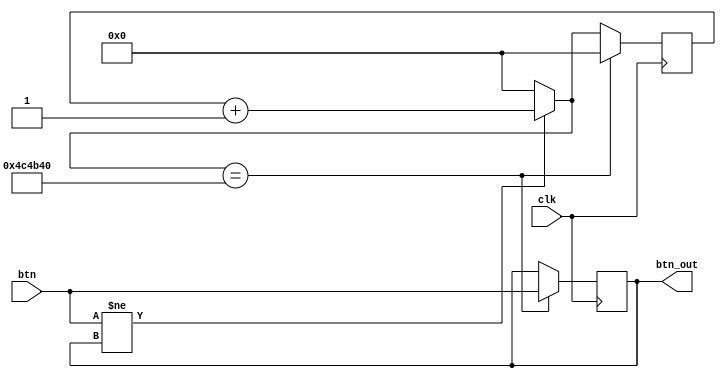
/*
  sbmips
  Copyright (C) 2017  StarBrilliant <m13253@hotmail.com>

  This program is free software: you can redistribute it and/or modify
  it under the terms of the GNU General Public License as published by
  the Free Software Foundation, either version 3 of the License, or
  (at your option) any later version.

  This program is distributed in the hope that it will be useful,
  but WITHOUT ANY WARRANTY; without even the implied warranty of
  MERCHANTABILITY or FITNESS FOR A PARTICULAR PURPOSE.  See the
  GNU General Public License for more details.

  You should have received a copy of the GNU General Public License
  along with this program.  If not, see <http://www.gnu.org/licenses/>.
*/

`timescale 1ns / 1ps
`default_nettype none

module dejitter(
    input wire clk,
    input wire btn,
    output reg btn_out
    );

reg [31:0] count = 0;

initial
    btn_out = 0;

always @(posedge clk) begin
    if(btn != btn_out)
        count = count + 1;
    else
        count = 0;
    if(count == 5000000) begin
        btn_out = btn;
        count = 0;
    end
end

endmodule